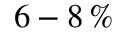
6 - 8 \, \%